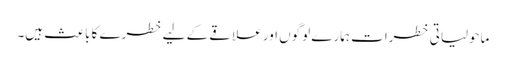
ماحولیاتی خطرات ہمارے لوگوں اور علاقے کے لیے خطرے کا باعث ہیں۔